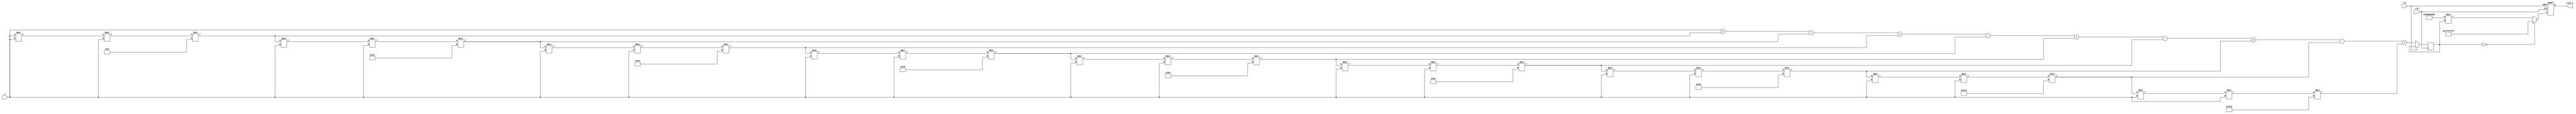
module csch(
    input  wire signed [31:0] x,       // Input x (fixed-point representation)
    output reg  signed [31:0] csch_x,   // Output csch(x)
    input  wire clk,
    input  wire rst
);

    reg signed [31:0] sinh_x; // Intermediate variable for sinh(x)
    reg valid;                // Valid signal for output

    // Function to compute sinh(x) using a Taylor series expansion
    function signed [31:0] sinh;
        input signed [31:0] x;
        reg signed [31:0] term;
        reg signed [31:0] result;
        integer i;
        begin
            result = x; // First term of Taylor series
            term = x;   // Initialize term for series
            for (i = 1; i < 10; i = i + 1) begin // 10 terms
                term = (term * x * x) / (2 * i * (2 * i + 1));
                if (i % 2 == 1) result = result + term; // Odd terms are added
                else result = result - term; // Even terms are subtracted
            end
            sinh = result;
        end
    endfunction

    // Always block to compute csch(x)
    always @(posedge clk or posedge rst) begin
        if (rst) begin
            csch_x <= 32'h0;  // Reset output
            valid <= 1'b0;    // Reset valid signal
        end else begin
            sinh_x <= sinh(x); // Compute sinh(x)

            if (sinh_x == 32'h0) begin
                csch_x <= 32'h7FFFFFFF; // Output infinity (or error signal)
                valid <= 1'b0; // Invalid output
            end else begin
                csch_x <= (32'h1 << 31) / sinh_x; // Compute 1/sinh(x)
                valid <= 1'b1; // Valid output
            end
        end
    end

endmodule